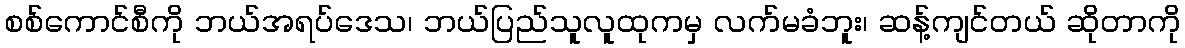
စစ်ကောင်စီကို ဘယ်အရပ်ဒေသ၊ ဘယ်ပြည်သူလူထုကမှ လက်မခံဘူး၊ ဆန့်ကျင်တယ် ဆိုတာကို